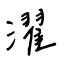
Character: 濯